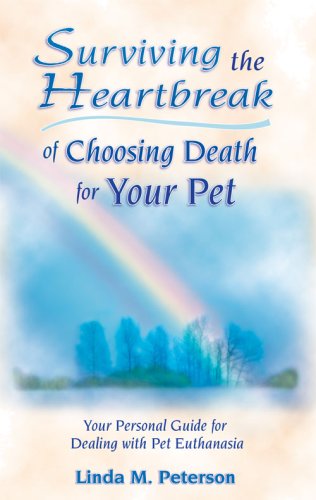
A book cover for Surviving the Heartbreak of Choosing Death for Your Pet; Linda Mary Peterson; Crafts, Hobbies & Home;